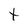
Character: t